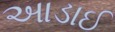
આડાઈ